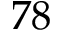
^ Ḋ 7 8 Ḍ